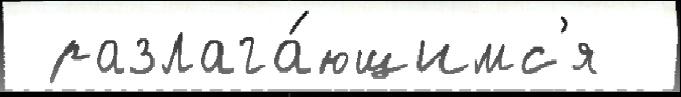
 разлага́ющимс'я